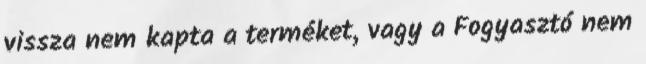
vissza nem kapta a terméket, vagy a Fogyasztó nem